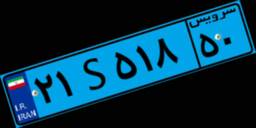
۹۷S۷۸۹۱۳